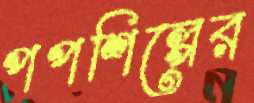
পপশিল্পের